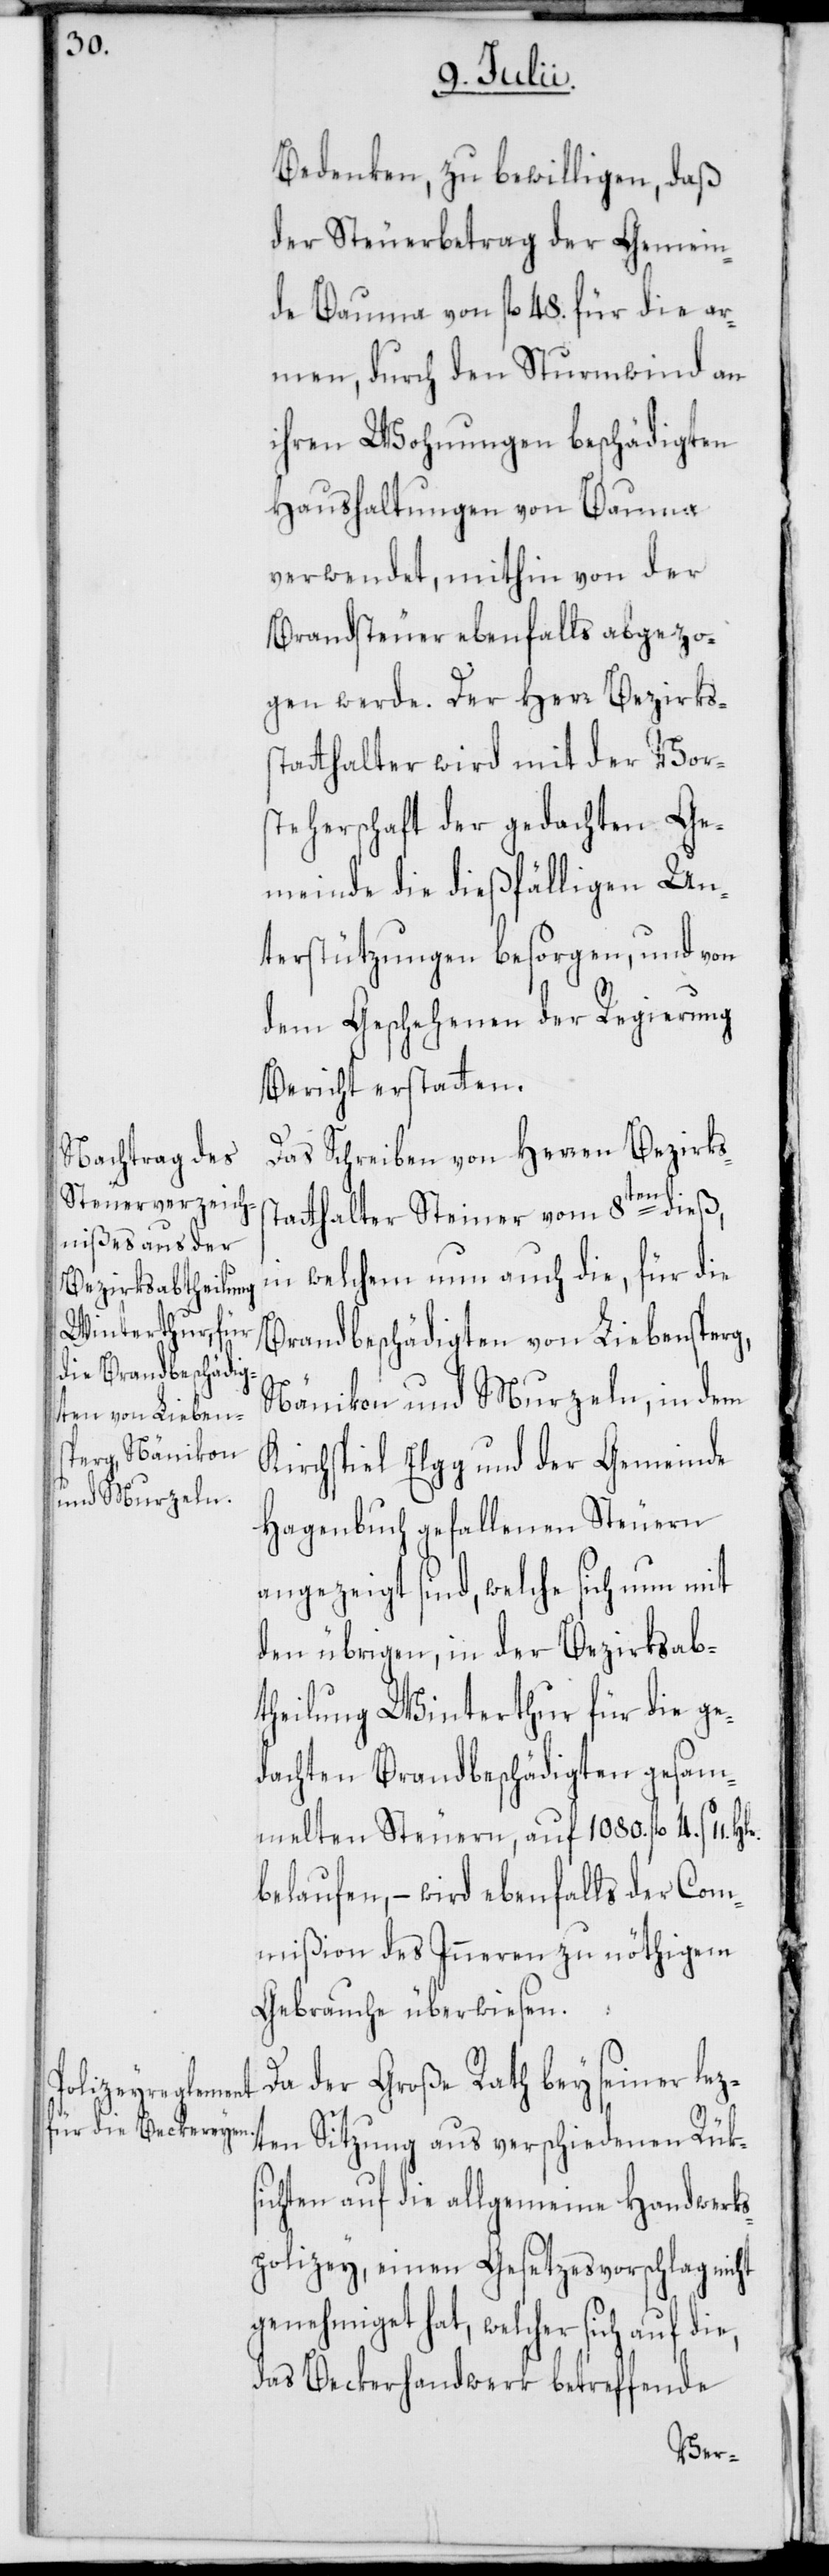
Bedenken, zu bewilligen, daß
der Steuerbetrag der Gemein¬
e Bauma von fl. 48. für die ar¬
men, durch den Sturmwind an
ihren Wohnungen beschädigten
Haushaltungen von Bauma
verwendet, mithin von der
Brandsteuer ebenfalls abgezo¬
gen werde. Der Herr Bezirks¬
statthalter wird mit der Vor¬
steherschaft der gedachten Ge¬
meinde die dießfälligen Un¬
terstützungen besorgen, und von
dem Geschehenen der Regierung
Bericht erstatten.
Das Schreiben von Herren Bezirks¬
statthalter Steiner vom 8ten dieß,
in welchem nun auch die, für die
Brandbeschädigten von Liebensperg,
Nänikon und Murzeln, in dem
Kirchspiel Elgg und der Gemeinde
Hagenbuch gefallenen Steuern
angezeigt sind, welche sich nun mit
den übrigen, in der Bezirksab¬
theilung Winterthur für die ge¬
dachten Brandbeschädigten gesam¬
melten Steuern, auf 1080. fl. 4. ß 11.
belaufen, – wird ebenfalls der Com¬
mißion des Inneren zu nöthigem
Gebrauche überwiesen.
Da der Große Rath bey seiner lez¬
ten Sitzung aus verschiedenen Rüks¬
ichten auf die allgemeine Handwerk¬
spolizey, einen Gesetzesvorschlag nicht
genehmiget hat, welcher sich auf die,
das Beckerhandwerk betreffende